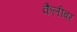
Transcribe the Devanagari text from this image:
कैलीबर